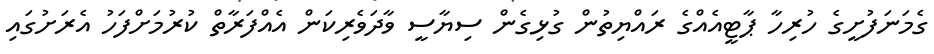
ގެމަނަފުށީގެ ހުރިހާ ޕާޓީއެއްގެ ރައްޔިތުން ގުޅިގެން ސިޔާސީ ވާދަވެރިކަން އެއްފަރާތް ކުރުމަށްފަހު އެރަށުގައި